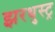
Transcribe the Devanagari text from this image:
झरथुस्ट्र